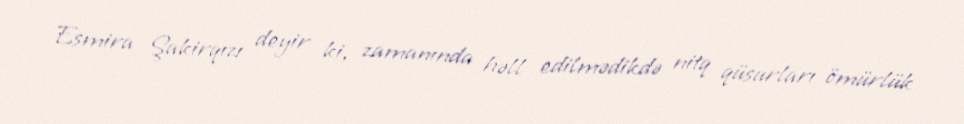
Esmira Şakirqızı deyir ki, zamanında həll edilmədikdə nitq qüsurları ömürlük